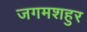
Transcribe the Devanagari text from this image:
जगमशहुर